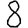
Digit: 8